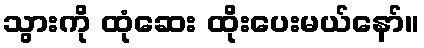
သွားကို ထုံဆေး ထိုးပေးမယ်နော်။